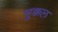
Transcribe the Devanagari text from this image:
भुक्कल